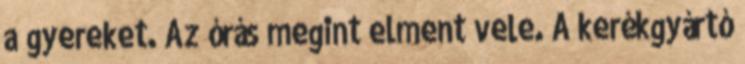
a gyereket. Az órás megint elment vele. A kerékgyártó